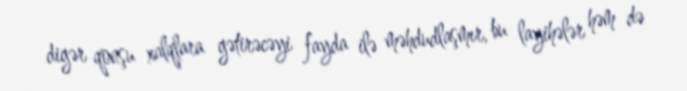
digər qonşu xalqlara gətirəcəyi fayda ilə məhdudlaşmır, bu layihələr həm də